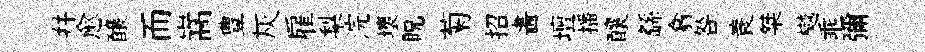
幷愈醸而嵩豊灰雇梨浣壞貺菊招畵壇播釀繇翕咎蓑桀樾乖彌